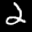
Label: 2